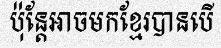
ប៉ុន្តែអាចមកខ្មែរបានបើ